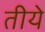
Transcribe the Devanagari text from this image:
तीये